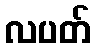
လပတ်